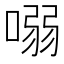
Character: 𠺁